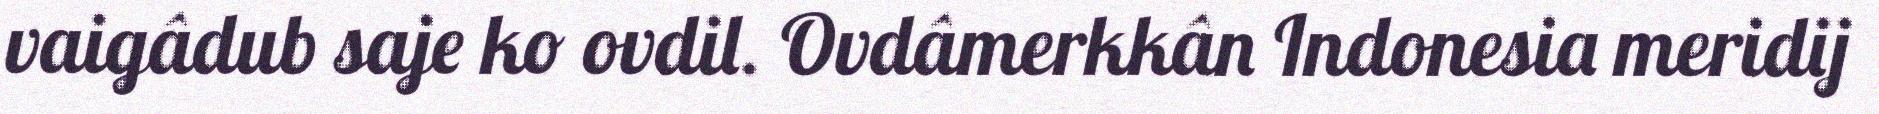
vaigâdub saje ko ovdil. Ovdâmerkkân Indonesia meridij